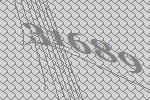
31689